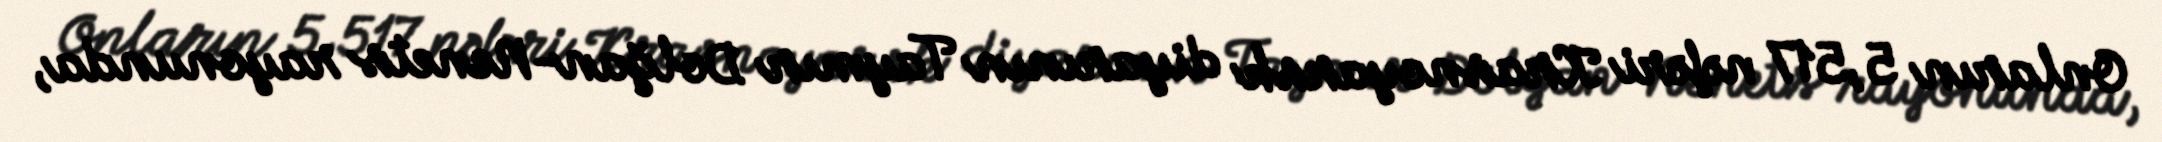
Onların 5,517 nəfəri Krasnoyarsk diyarının Taymır Dolğan-Nenets rayonunda,